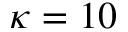
\kappa = 1 0